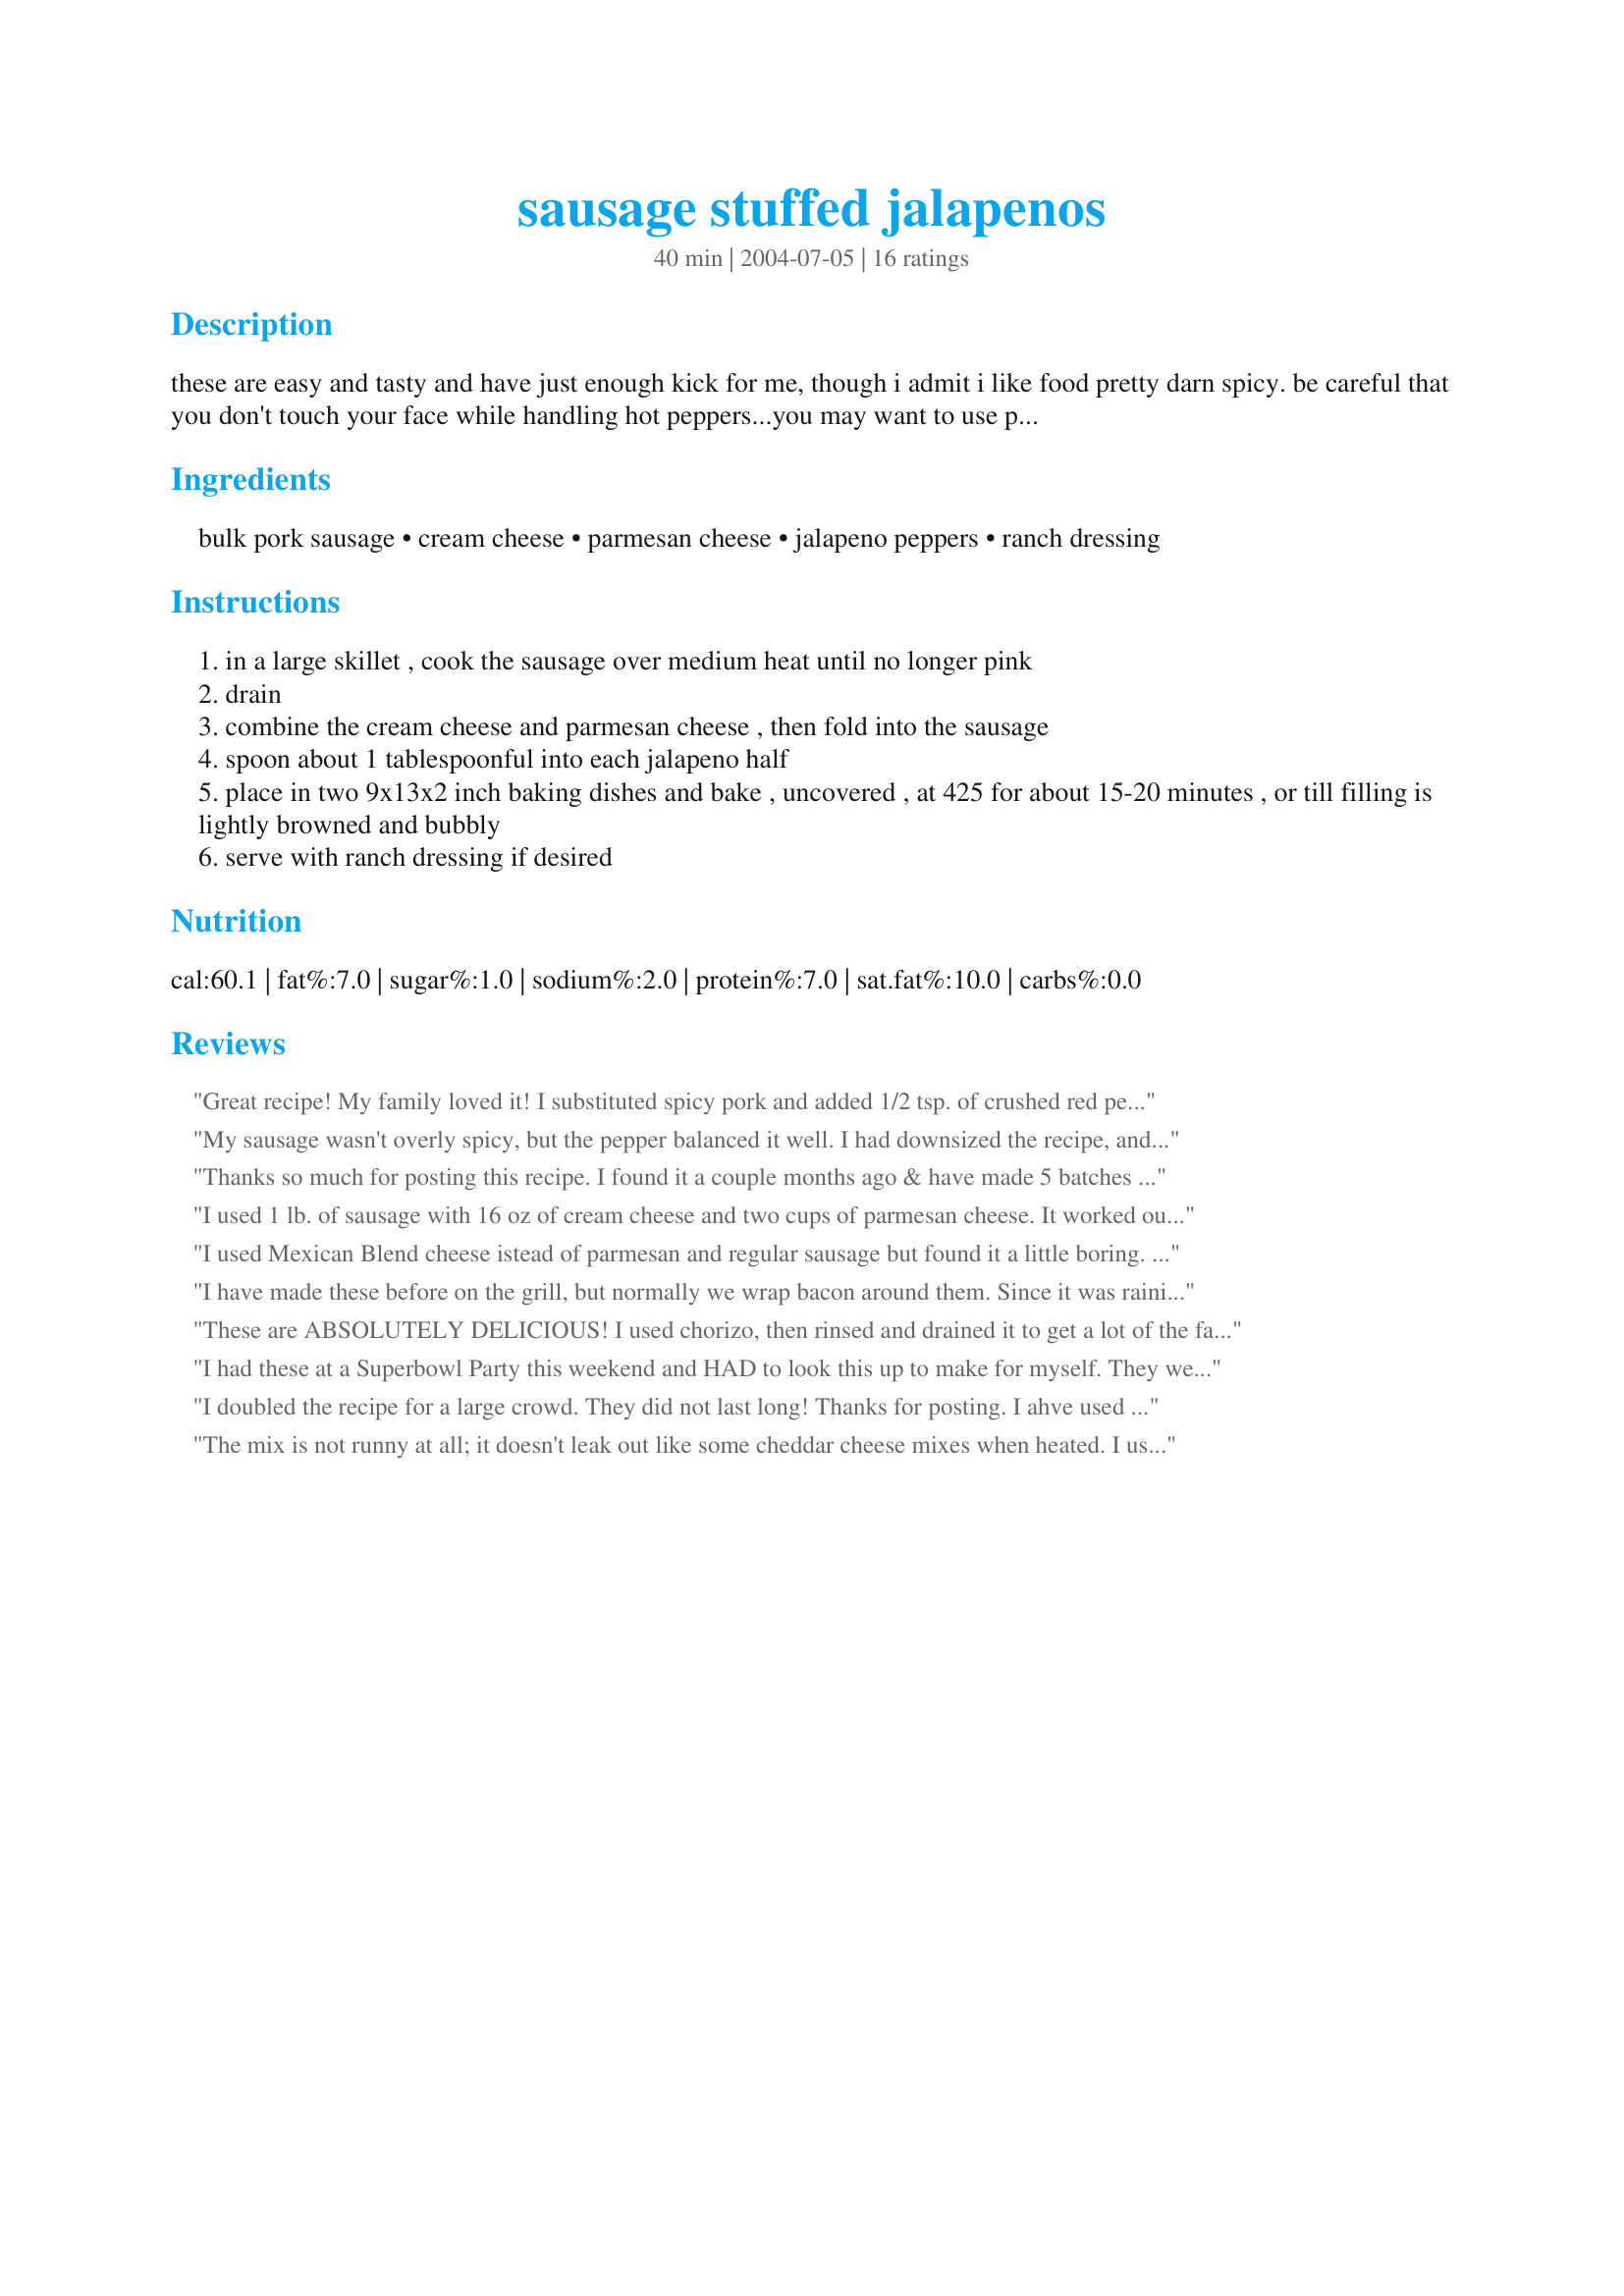
sausage stuffed jalapenos
Preparation time: 40 minutes

these are easy and tasty and have just enough kick for me, though i admit i like food pretty darn spicy. be careful that you don't touch your face while handling hot peppers...you may want to use plastic gloves to protect your hands.

Ingredients:
bulk pork sausage, cream cheese, parmesan cheese, jalapeno peppers, ranch dressing

Steps:
in a large skillet , cook the sausage over medium heat until no longer pink
drain
combine the cream cheese and parmesan cheese , then fold into the sausage
spoon about 1 tablespoonful into each jalapeno half
place in two 9x13x2 inch baking dishes and bake , uncovered , at 425 for about 15-20 minutes , or till filling is lightly browned and bubbly
serve with ranch dressing if desired

Reviews:
Great recipe! My family loved it! I substituted spicy pork and added 1/2 tsp. of crushed red pepper to the mixture. Next time I will spice it up more!
My sausage wasn't overly spicy, but the pepper balanced it well. I had downsized the recipe, and may not have used enough cream cheese. They were still quite tasty. I tried these with a salsa/ranch dressing blend for dipping. It was a simple appy for snacking. Thanks for posting.
Thanks so much for posting this recipe. I found it a couple months ago & have made 5 batches since! They are always the first to go at every party & everyone wants the recipe. (I might start printing the recipe in advance for anyone who wants it.) My family & friends definately give you a thumbs up!
I used 1 lb. of sausage with 16 oz of cream cheese and two cups of parmesan cheese. It worked out well. My friends raved about them. But, they are not fond of really spicy food, so I find these to be very mild. Some in my family like their food HOT and SPICY, so for those folks I think I would use HOT sausage or leave some jalapeno seeds in, or add red pepper flakes to the mixture like other people suggested. I have to give it two stars because the original recipe has too much meat in it for my taste but I would give it five stars for innovation and something to build on and tweak. I would never dip these things into ranch dressing. Just eat ranch dressing plain if you like it so much.
I used Mexican Blend cheese istead of parmesan and regular sausage but found it a little boring. Added 1/2 c. fire roasted salsa and some chopped onion and it was a hit at the Super Bowl Party.
I have made these before on the grill, but normally we wrap bacon around them. Since it was raining, I made these last night just like your recipe. Of course they were too die for.
These are ABSOLUTELY DELICIOUS! I used chorizo, then rinsed and drained it to get a lot of the fat out. I used a small spoon (and gloves of course!) to scrape the seeds out of the jalapenos. I also dipped the jalapenos in fresh lime juice and then in kosher salt and pre-baked them for 10 minutes before I stuffed them (next time I would skip the pre-bake step). I topped them with a bit of shredded Mexican Blend cheese, baked them for another 15 minutes and served them with the Ranch Dressing. I wasn't sure how these would turn out with parmesan but everyone agreed they were great and they were gone in an instant.
I had these at a Superbowl Party this weekend and HAD to look this up to make for myself. They were delicious! I love spicy food, and these were not spicy, so that kind of dissapointed me, but the zing of the pepper with the creamy sausage filling is a great combination. I even have a friend that doesn't touch spicy foods and she ate several!
I doubled the recipe for a large crowd. They did not last long! Thanks for posting. I ahve used this one several times. Easy and pleasin'! Yumm-O
The mix is not runny at all; it doesn't leak out like some cheddar cheese mixes when heated. I used hot, bulk pork sausage and pepper jack cheese (instead of shredded parmesan) and it had a very well-balanced flavor. Make sure the pork sausage is well-crumbled, defrosting the meat first if frozen for a smooth filling.

On the hotness scale my family votes one hot, one moderate.
Fantastic! I was a superstar when I put these out during the Superbowl playoff game. I thought they might be incredibly hot but the baking takes out quite a bit of the heat - the smaller peppers seemed to retain more heat. I followed the recipie exactly and thought they were perfect. I'm making them again this weekend for a party and I'm expecting rave reviews.
I found this on allrecipes.com and added some ranch and caesar dressing to the mix so I didn't have to dip it in ranch. This was really good and easy to eat. Thanks for posting!
I cut the recipe down for ten jalapenos but added 1 t. cajun seasoning and 1 t. garlic powder and wrapped in bacon. I just realized I forgot the cheese but they were great anyway. Cooked five min. a side on the KJ.
A huge hit! Not too hot. Great again!!
We absolutely loved these---I was looking for a stuffed pepper recipe that didnt involve alot of ingredients and that was easy to make because I knew it would take a while to wash,de-seed and take the membranes out of the jalapenos. I found this in one of the Superbowl links on the home page and they fit the bill perfectly, the amounts and the cooktime were perfect-we used Owens hot sausage and it was just right. They are also very pretty to look at=as you can see in the picture--anyone that makes these for Superbowl or any other time will be quite pleased--Thanks!PeggyLynn
Great recipe to begin with. You can change it easily with churizo or hamburger or spicy italian or virtually anything. Also easily modified with different cheese combos. Our family favorite is sharp cheddar and parma.
